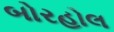
બોરહોલ